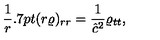
\frac 1 { r } { \kern 0 . 7 p t } ( r \varrho ) _ { r r } = \frac 1 { \hat { c } ^ { 2 } } \varrho _ { t t } ,